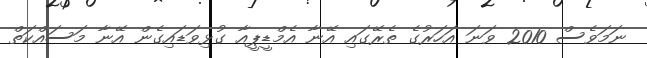
ނަމަވެސް 2010 ވަނަ އަހަރުގެ ތެރޭގައި އޭނާ އެމްޑީޕީއާ ގުޅިވަޑައިގެން އޭނާ މަސައްކަތް